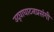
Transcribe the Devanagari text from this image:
उद्‌घाघाटनप्रसंगी